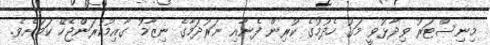
މިނިސްޓަރު ވިދާޅުވީ މަގު ހެދުމުގެ ކުރިން ފެނާއި ނަރުދަމާގެ ނިޒާމު ގާއިމުކުރަންޖެހޭ ކަމަށެވެ.